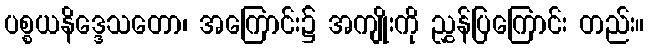
ပစ္စယနိဒ္ဒေသတော၊ အကြောင်း၌ အကျိုးကို ညွှန်ပြကြောင်း တည်း။